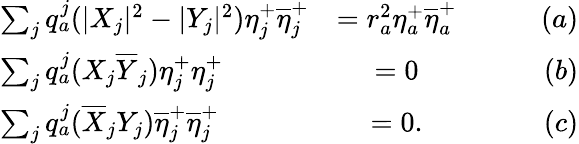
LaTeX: \begin{array}{lcr}{{\sum_{j}q_{a}^{j}(|X_{j}|^{2}-|Y_{j}|^{2})\eta_{j}^{+}\overline{{{\eta}}}_{j}^{+}}}&{{=r_{a}^{2}\eta_{a}^{+}\overline{{{\eta}}}_{a}^{+}\qquad}}&{{(a)}}\\ {{\sum_{j}q_{a}^{j}(X_{j}\overline{{{Y}}}_{j})\eta_{j}^{+}{\eta}_{j}^{+}}}&{{=0\qquad}}&{{(b)}}\\ {{\sum_{j}q_{a}^{j}(\overline{{{X}}}_{j}{Y_{j}})\overline{{{\eta}}}_{j}^{+}\overline{{{\eta}}}_{j}^{+}}}&{{=0.\qquad}}&{{(c)}}\end{array}